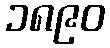
၁၈၉၀